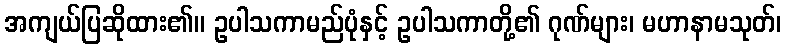
အကျယ်ပြဆိုထား၏။ ဥပါသကာမည်ပုံနှင့် ဥပါသကာတို့၏ ဂုဏ်များ၊ မဟာနာမသုတ်၊